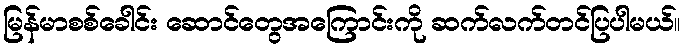
မြန်မာစစ်ခေါင်း ဆောင်တွေအကြောင်းကို ဆက်လက်တင်ပြပါမယ်။